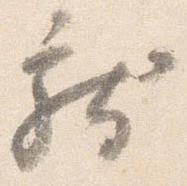
献